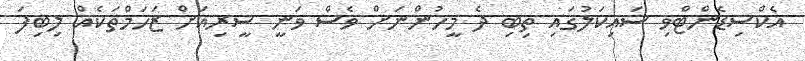
އެކްސިޑެންޓްވި ސައިކަލުގައި ތިބި ދެ މީހުންނަށް ވެސް ވަނީ ސީރިއަށް ޒަހަމްތަކެއް ލިބިފަ